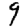
Digit: 9